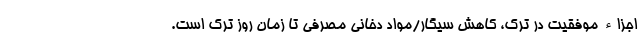
اجزاء موفقیت در ترک، کاهش سیگار/مواد دخانی مصرفی تا زمان روز ترک است.